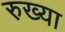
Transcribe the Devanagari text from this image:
रुख्या